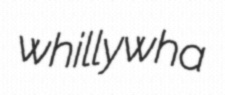
whillywha